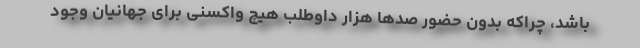
باشد، چراکه بدون حضور صدها هزار داوطلب هیچ واکسنی برای جهانیان وجود